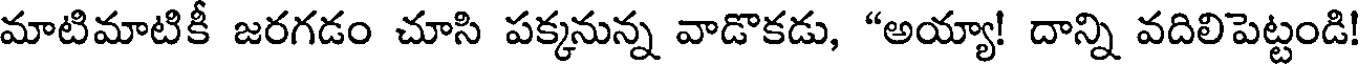
మాటిమాటికీ జరగడం చూసి పక్కనున్న వాడొకడు, "అయ్యా! దాన్ని వదిలిపెట్టండి